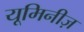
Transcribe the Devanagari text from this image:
यूमिनीज़